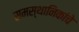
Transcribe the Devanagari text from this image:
समस्थानिकांचे